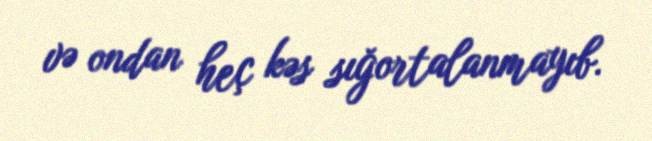
və ondan heç kəs sığortalanmayıb.